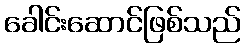
ခေါင်းဆောင်ဖြစ်သည်